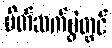
မိတ်ဆက်ပွဲတွင်